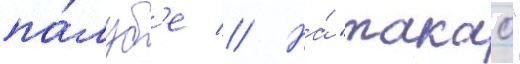
па́луб'е // На́ "такао"